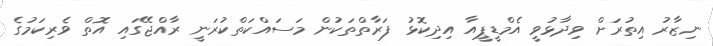
ނިޒާރު އިތުރަށް ވިދާޅުވީ އެމްޑީޕީއާ އިދިކޮޅު ފަރާތްތަކުން މަސައްކަތްކުރަނީ ރާއްޖޭގައި އޮތް ވެރިކަމުގެ